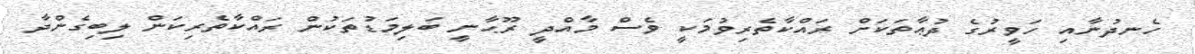
ހެނދުނާއި ހަވީރުގެ ދުޢާތަކަށް ރައްކާތެރިވުމަކީ ވެސް މާއްދީ ރޫޙާނީ ބަލިމަޑުތަކުން ރައްކާތެރިކަން ލިބިގެންދާ